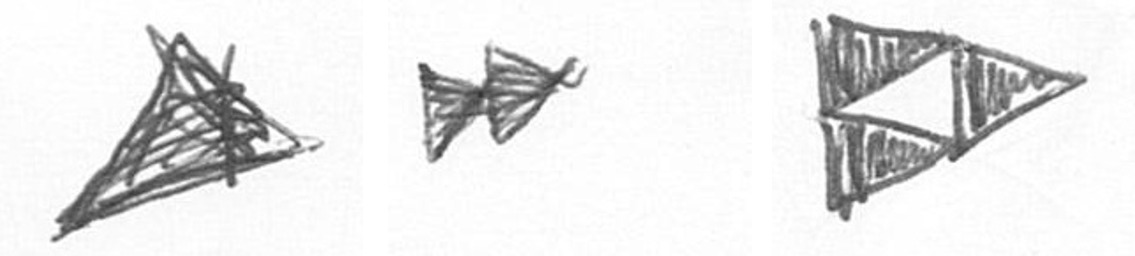
O A K